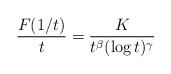
\begin{align*}\frac{F(1/t)}{t} = \frac{K}{t^\beta (\log t)^{\gamma}}\end{align*}